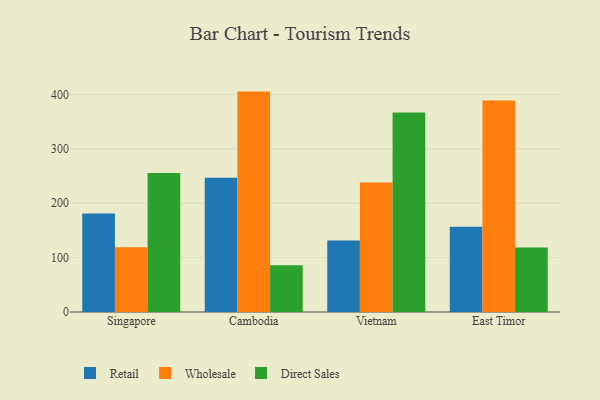
{"axis": {"x": "Country", "y": "Gross Profit (USD K)"}, "legend": ["Direct Sales", "Retail", "Wholesale"], "data": [{"x": "Singapore", "y": 181.2, "type": "Retail"}, {"x": "Singapore", "y": 119.0, "type": "Wholesale"}, {"x": "Singapore", "y": 255.4, "type": "Direct Sales"}, {"x": "Cambodia", "y": 247.0, "type": "Retail"}, {"x": "Cambodia", "y": 405.3, "type": "Wholesale"}, {"x": "Cambodia", "y": 85.8, "type": "Direct Sales"}, {"x": "Vietnam", "y": 131.4, "type": "Retail"}, {"x": "Vietnam", "y": 238.1, "type": "Wholesale"}, {"x": "Vietnam", "y": 366.8, "type": "Direct Sales"}, {"x": "East Timor", "y": 156.7, "type": "Retail"}, {"x": "East Timor", "y": 388.8, "type": "Wholesale"}, {"x": "East Timor", "y": 118.8, "type": "Direct Sales"}]}